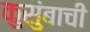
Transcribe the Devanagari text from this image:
कुसुंबाची